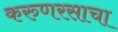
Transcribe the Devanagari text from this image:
करुणरसाचा